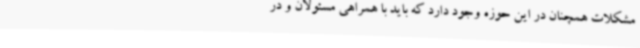
مشکلات همچنان در این حوزه وجود دارد که باید با همراهی مسئولان و در